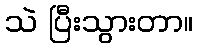
သဲ ပြီးသွားတာ။